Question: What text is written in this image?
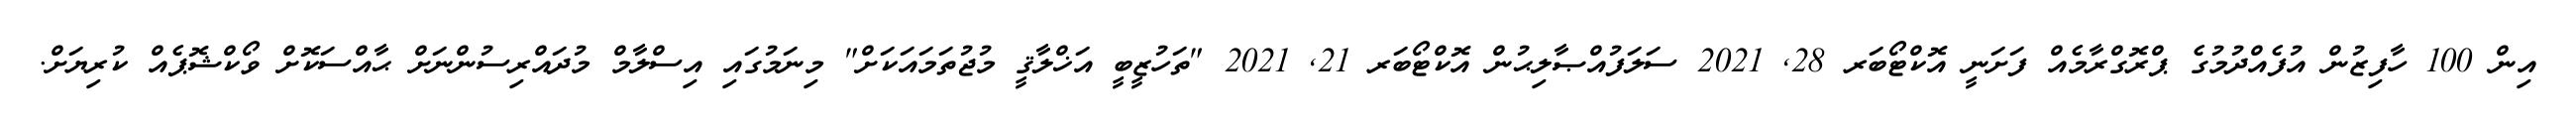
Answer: އިން 100 ހާފިޒުން އުފެއްދުމުގެ ޕްރޮގްރާމެއް ފަށަނީ އޮކްޓޯބަރ 28, 2021 ސަލަފުއްޞާލިޙުން އޮކްޓޯބަރ 21, 2021 "ތަހުޒީބީ އަޚްލާޤީ މުޖުތަމައަކަށް" މިނަމުގައި އިސްލާމް މުދައްރިސުންނަށް ޙާއްސަކޮށް ވޯކްޝޮޕެއް ކުރިޔަށް.